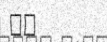
١١